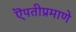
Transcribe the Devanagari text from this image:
ऎपतीप्रमाणे